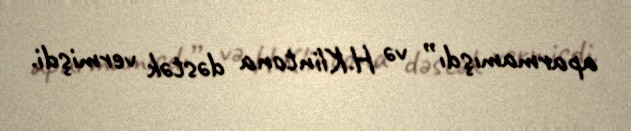
aparmamışdı” və H.Klintona dəstək vermişdi.